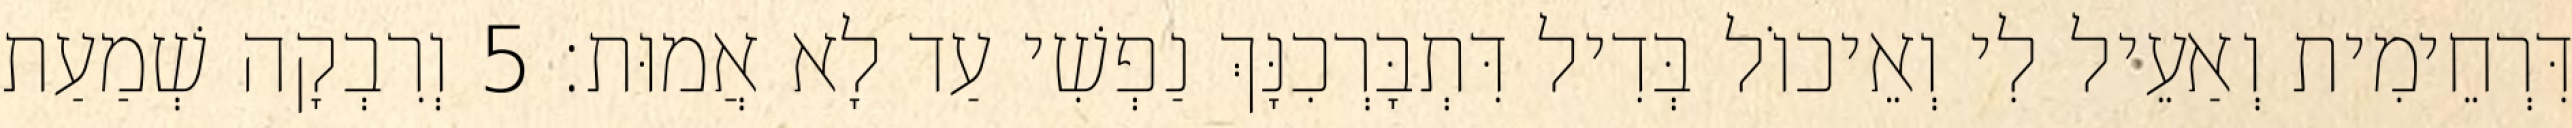
דִּרְחֵימִית וְאַעֵיל לִי וְאֵיכוֹל בְּדִיל דִּתְבָּרְכִנָּךְ נַפְשִׁי עַד לָא אֲמוּת׃ 5 וְרִבְקָה שְׁמַעַת